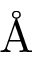
\mathrm { \AA }